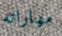
مهاراته